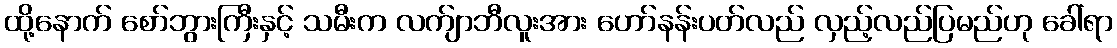
ထို့နောက် စော်ဘွားကြီးနှင့် သမီးက လက်ျာဘီလူးအား ဟော်နန်းပတ်လည် လှည့်လည်ပြမည်ဟု ခေါ်ရာ